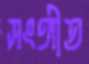
সংঙ্গীত